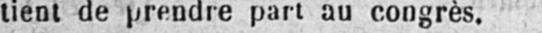
part au congrès.